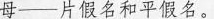
母—片假名和平假名。